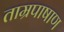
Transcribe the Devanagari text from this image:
ताम्रपाषाण